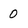
Character: 0